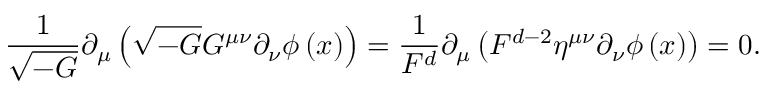
\frac 1 { \sqrt { - G } } \partial _ { \mu } \left( \sqrt { - G } G ^ { \mu \nu } \partial _ { \nu } \phi \left( x \right) \right) = \frac 1 { F ^ { d } } \partial _ { \mu } \left( F ^ { d - 2 } \eta ^ { \mu \nu } \partial _ { \nu } \phi \left( x \right) \right) = 0 .